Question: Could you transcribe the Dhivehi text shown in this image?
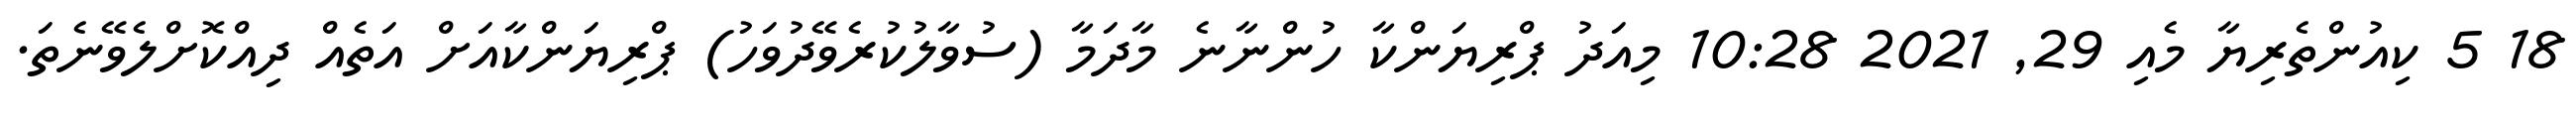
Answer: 18 5 ކިއުންތެރިޔާ މެއި 29, 2021 10:28 މިއަދު ޕްރިޔަންކާ ހުންނާނެ މާދަމާ (ސުވާލުކުރެވޭދުވަހު) ޕްރިޔަންކާއަށް އަތެއް ދިއްކޮށްލެވޭނެތަ.